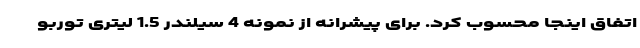
اتفاق اینجا محسوب کرد. برای پیشرانه از نمونه 4 سیلندر 1.5 لیتری توربو